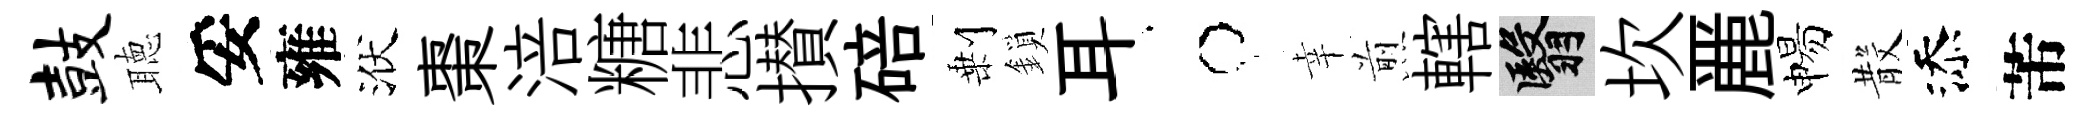
鼓聴妥雍洑棗涪糖悲攅碚剰鎖耳牛幸煎轄翳坎䴡惕𣪚添芾